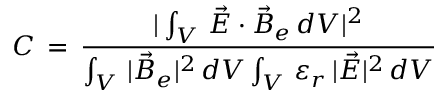
C \, = \, \frac { | \int _ { V } \, \vec { E } \cdot \vec { B } _ { e } \, d V | ^ { 2 } } { \int _ { V } \, | \vec { B } _ { e } | ^ { 2 } \, d V \int _ { V } \, \varepsilon _ { r } \, | \vec { E } | ^ { 2 } \, d V }